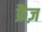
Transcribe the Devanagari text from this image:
फ्रैंज़